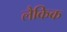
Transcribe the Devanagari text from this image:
लैकिक